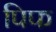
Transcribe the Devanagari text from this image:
पिफ